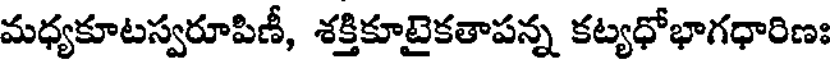
మధ్యకూటస్వరూపిణీ, శక్తికూటైకతాపన్న కట్యధోభాగధారిణః